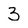
Character: 3